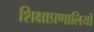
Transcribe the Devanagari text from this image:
शिक्षाप्रणालियों